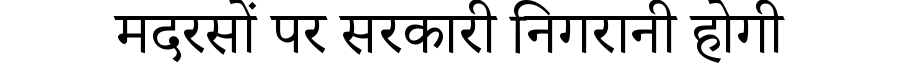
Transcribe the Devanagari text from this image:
मदरसों पर सरकारी निगरानी होगी